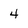
Character: 4